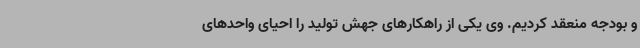
و بودجه منعقد کردیم. وی یکی از راهکارهای جهش تولید را احیای واحدهای